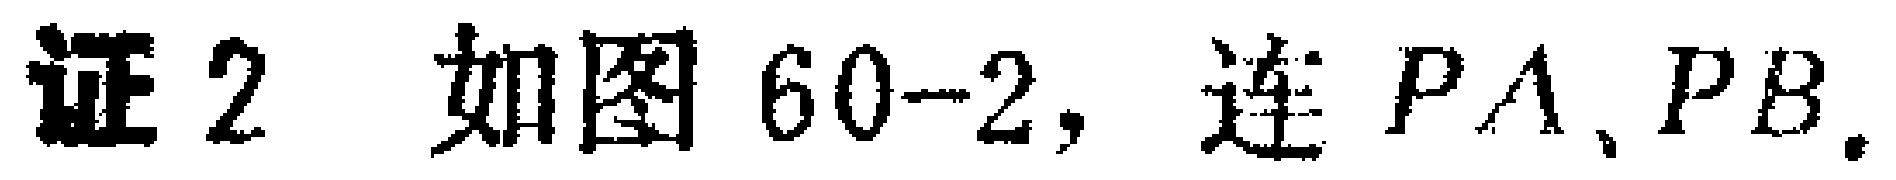
证 2 如图 60--2，连 \(PA、PB\).